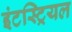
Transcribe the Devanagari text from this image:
इंटस्ट्रियल